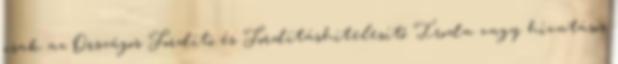
csak az Országos Fordító és Fordításhitelesítő Iroda vagy hivatásos